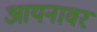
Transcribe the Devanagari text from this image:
आयनावर